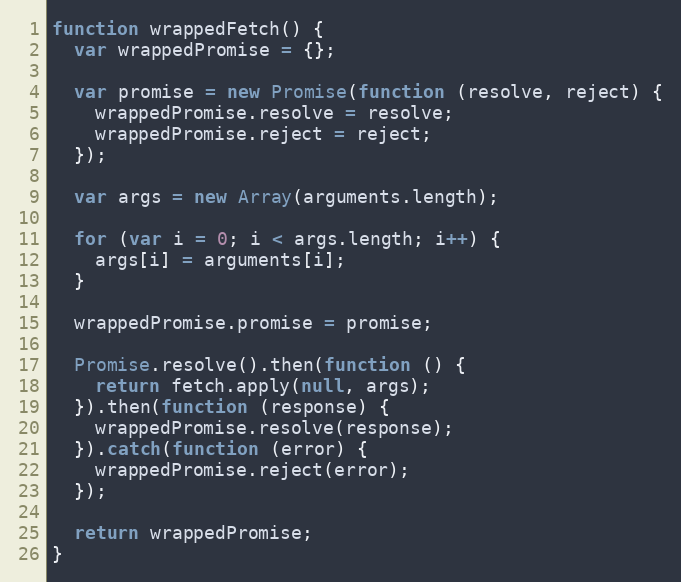
Language: JavaScript
function wrappedFetch() {
  var wrappedPromise = {};

  var promise = new Promise(function (resolve, reject) {
    wrappedPromise.resolve = resolve;
    wrappedPromise.reject = reject;
  });

  var args = new Array(arguments.length);

  for (var i = 0; i < args.length; i++) {
    args[i] = arguments[i];
  }

  wrappedPromise.promise = promise;

  Promise.resolve().then(function () {
    return fetch.apply(null, args);
  }).then(function (response) {
    wrappedPromise.resolve(response);
  }).catch(function (error) {
    wrappedPromise.reject(error);
  });

  return wrappedPromise;
}